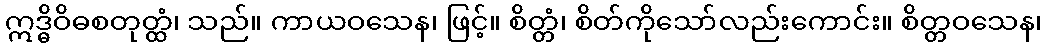
ဣဒ္ဓိဝိဓစတုတ္ထံ၊ သည်။ ကာယဝသေန၊ ဖြင့်။ စိတ္တံ၊ စိတ်ကိုသော်လည်းကောင်း။ စိတ္တဝသေန၊